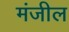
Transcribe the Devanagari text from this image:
मंजील